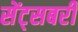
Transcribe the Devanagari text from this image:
सेंट्सबरी